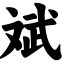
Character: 斌